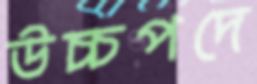
উচ্চপদে